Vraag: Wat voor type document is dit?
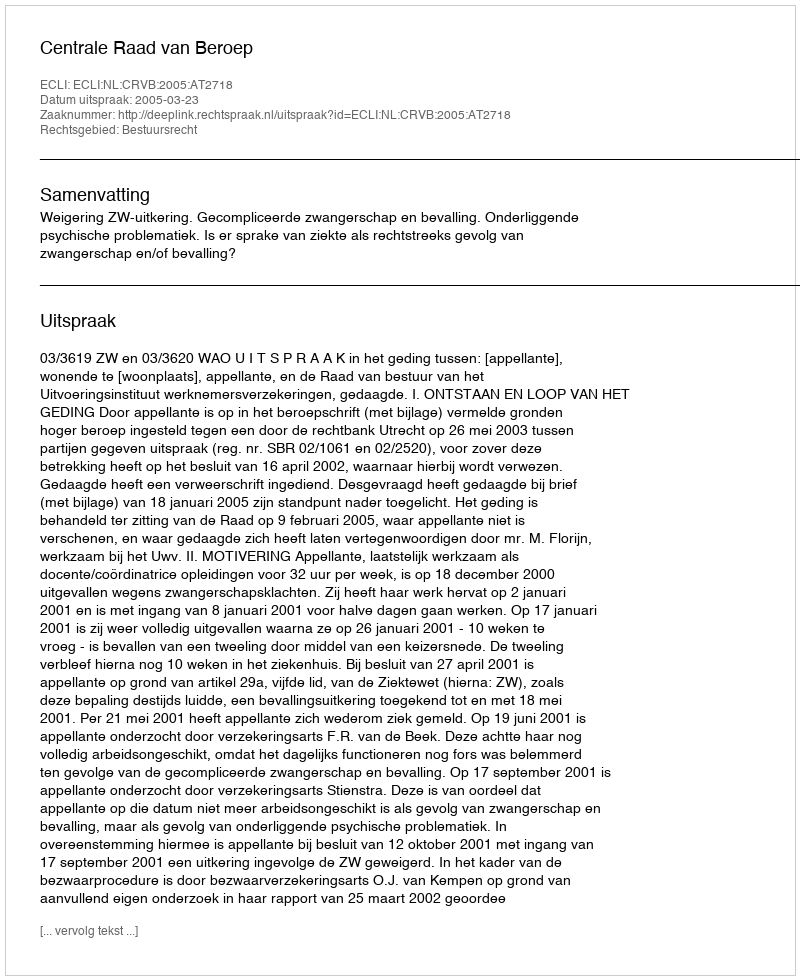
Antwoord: Uitspraak